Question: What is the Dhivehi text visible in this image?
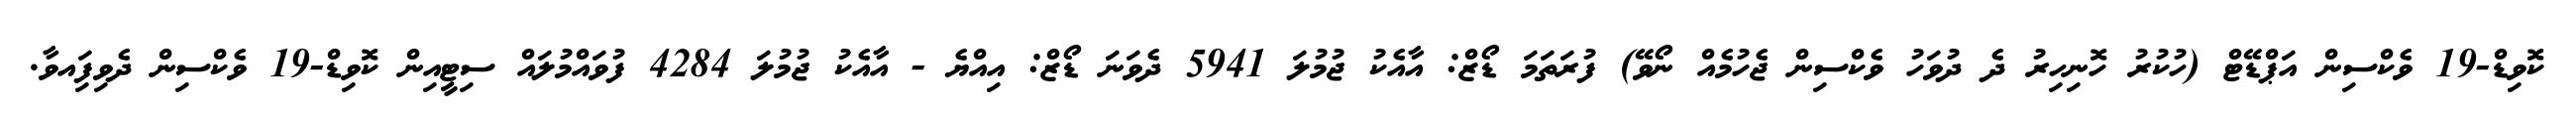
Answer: ކޮވިޑް-19 ވެކްސިން އަޕްޑޭޓް (ހުކުރު ހޮނިހިރު ދެ ދުވަހު ވެކްސިން ޖެހުމެއް ނޯވޭ) ފުރަތަމަ ޑޯޒް: އާއެކު ޖުމުލަ 5941 ދެވަނަ ޑޯޒް: އިއްޔެ - އާއެކު ޖުމުލަ 4284 ފުވައްމުލައް ސިޓީއިން ކޮވިޑް-19 ވެކްސިން ދެވިފަިއވާ.